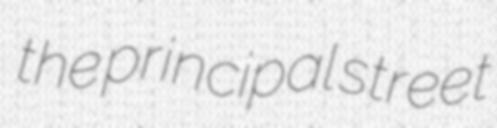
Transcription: the principal street